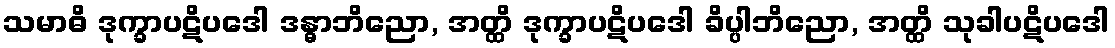
သမာဓိ ဒုက္ခာပဋိပဒေါ ဒန္ဓာဘိညော, အတ္ထိ ဒုက္ခာပဋိပဒေါ ခိပ္ပါဘိညော, အတ္ထိ သုခါပဋိပဒေါ